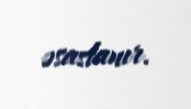
əsaslanır.